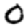
Digit: 0